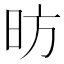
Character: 昉